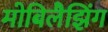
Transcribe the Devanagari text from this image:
मोबिलैझिंग